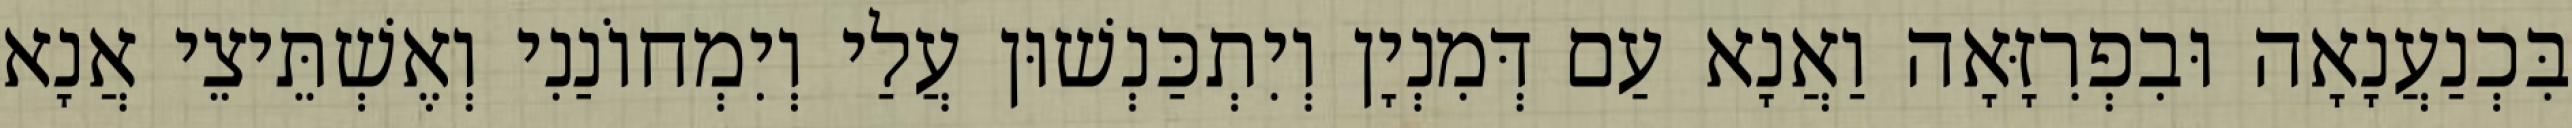
בִּכְנַעֲנָאָה וּבִפְרִזָּאָה וַאֲנָא עַם דְּמִנְיָן וְיִתְכַּנְשׁוּן עֲלַי וְיִמְחוֹנַנִי וְאֶשְׁתֵּיצֵי אֲנָא